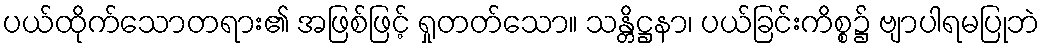
ပယ်ထိုက်သောတရား၏ အဖြစ်ဖြင့် ရှုတတ်သော။ သန္တိဋ္ဌနာ၊ ပယ်ခြင်းကိစ္စ၌ ဗျာပါရမပြုဘဲ